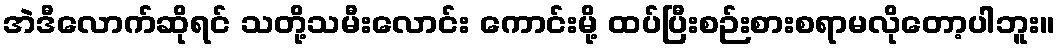
အဲဒီလောက်ဆိုရင် သတို့သမီးလောင်း ကောင်းမို့ ထပ်ပြီးစဉ်းစားစရာမလိုတော့ပါဘူး။